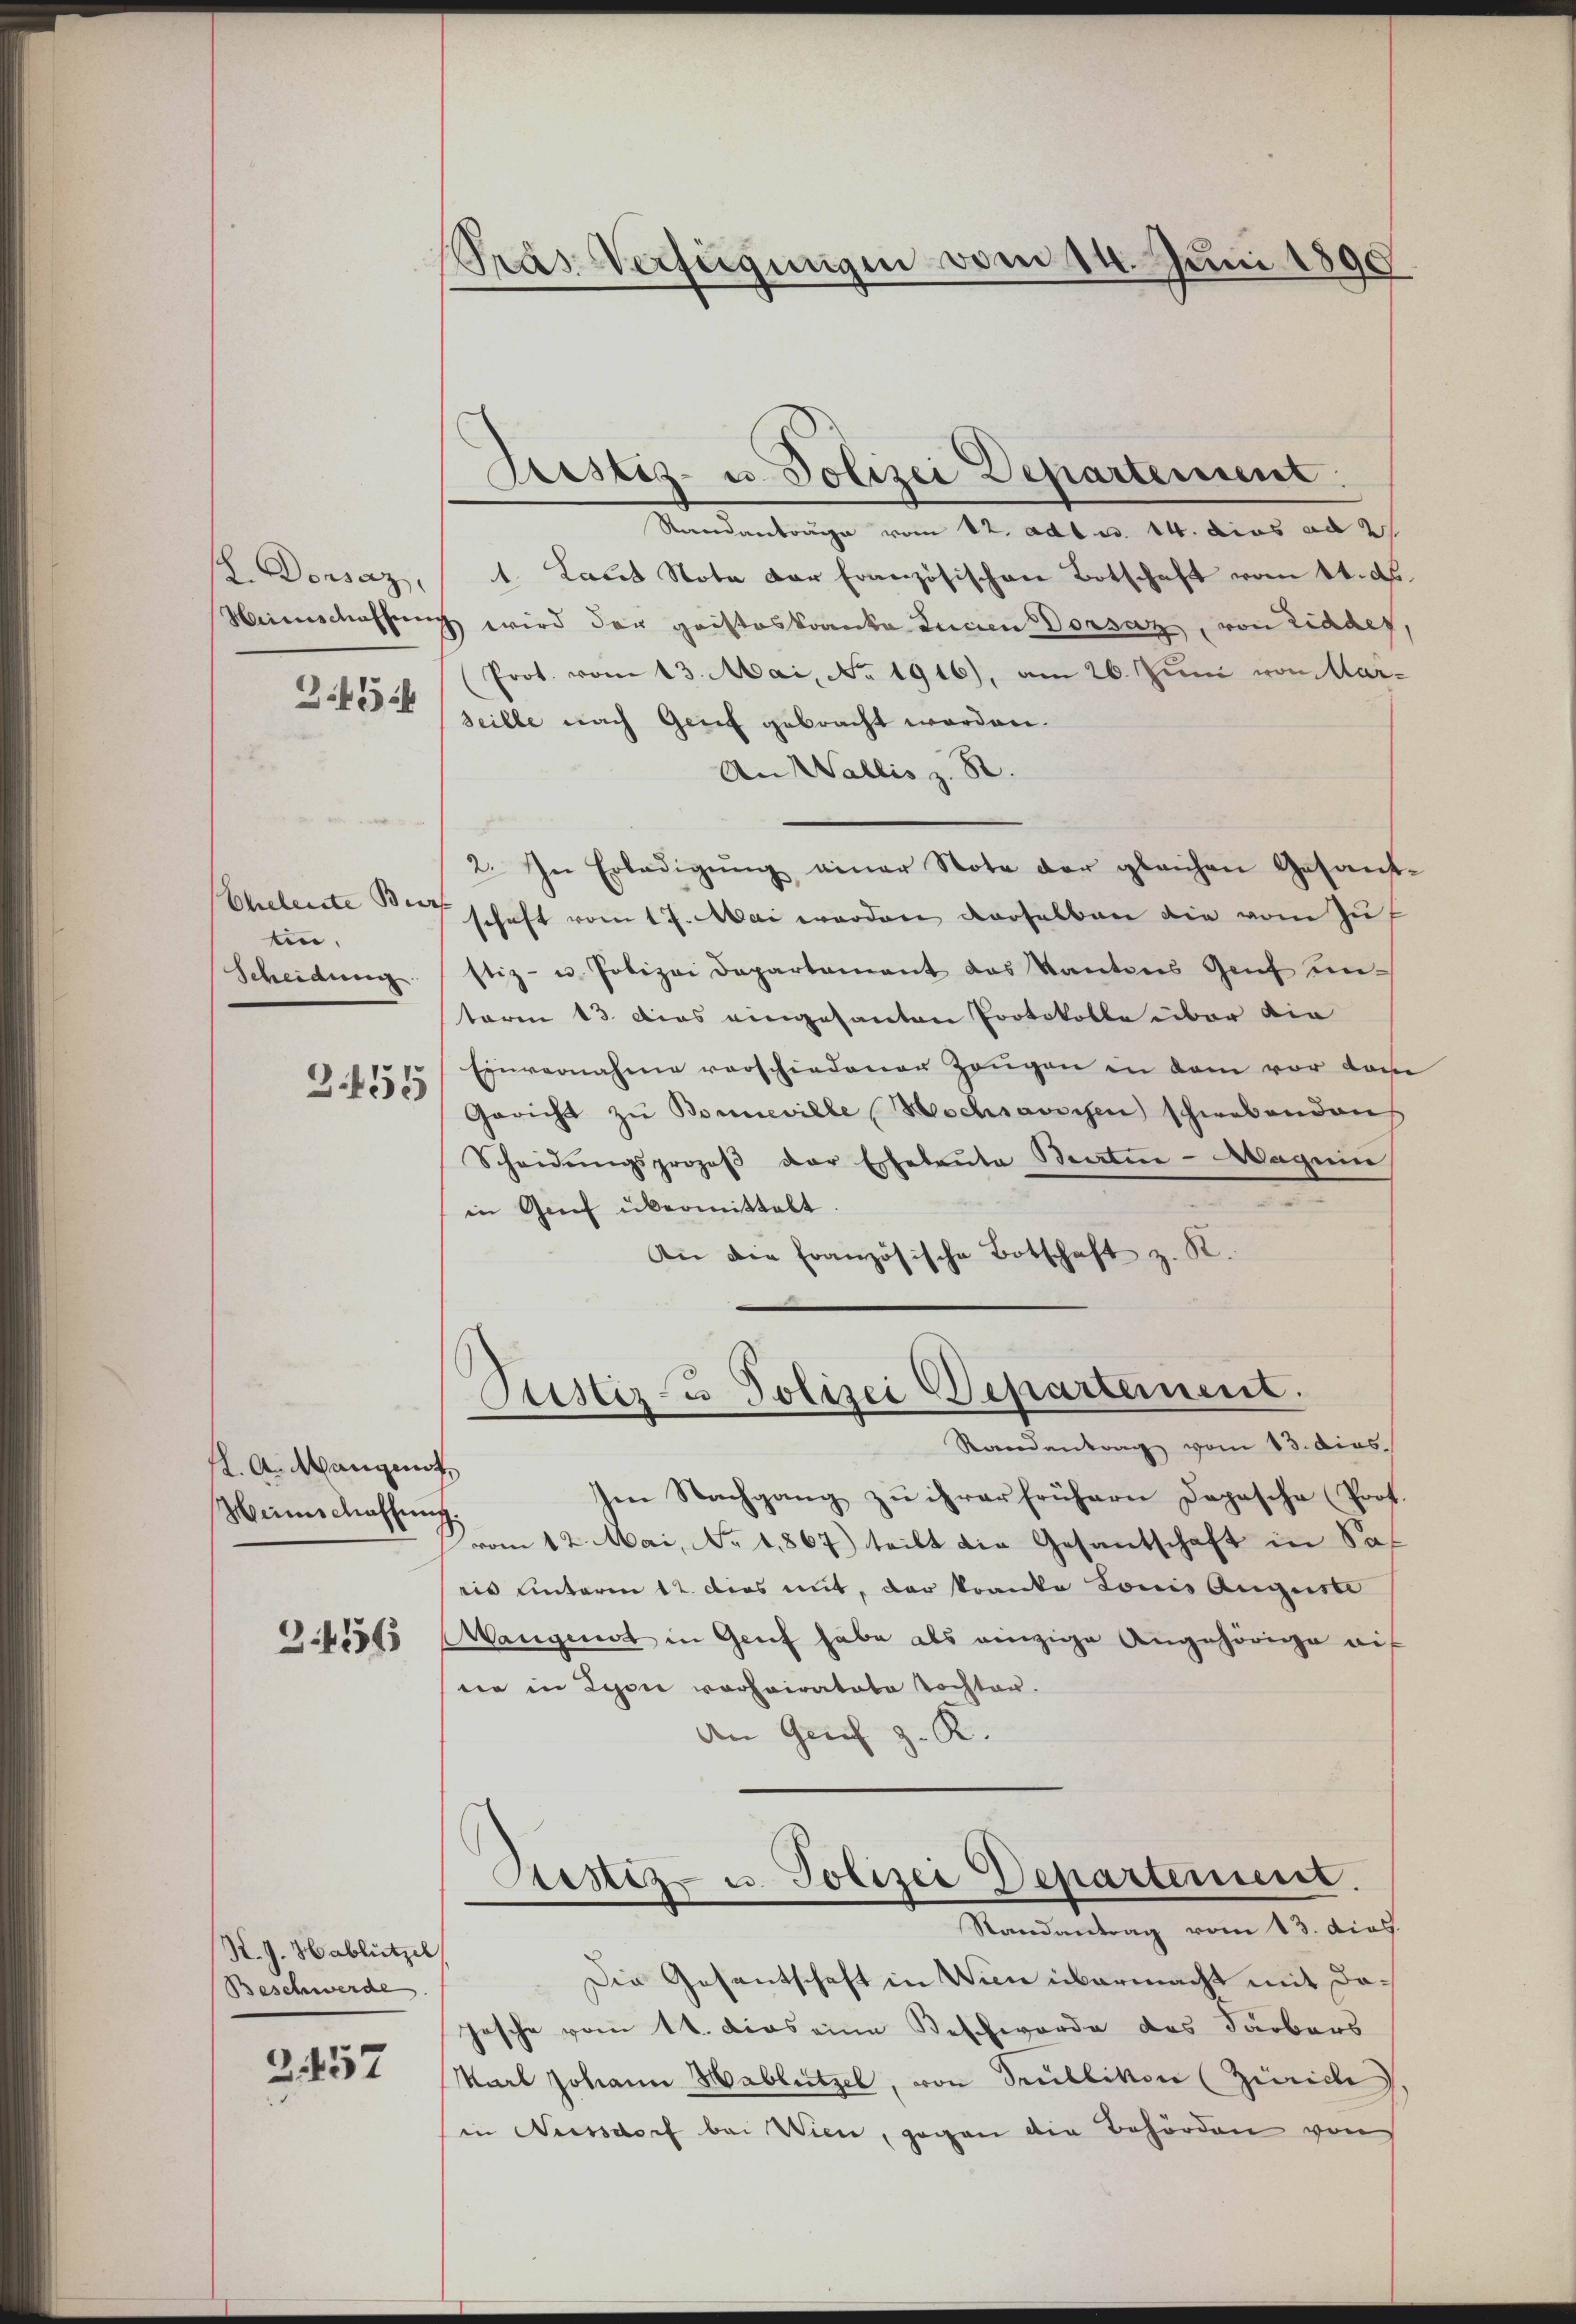
L. Dorsaz,
S.45

Eheleute Beer
tin,
Scheidung.

3.155

fl. A. Mangent
Heinschaffung.
316

K. J. Hablützel
Beschwerde
2457

Pras Verfügungen vom 14. Juni 1890

Justiz- u. Polizei Departement.
Standentrage vom 12. ad a. 14. dies an
1. Laut Nota der Französischen Botschaft vom 14. ds.
Heimschaffung wird der geisteskranka Innen Dorsaz, von Lidder,
Prot. vom 13. Mai, No. 1916), am 26. Juni von Aarseille nach Genf gebracht worden.
An Wallis z. B.
2. In Erledigŭng einer Note der gleichen Gesand-
schaft vom 17. Mai werden derselben die vom Zuf
stiz- u. Polizei Departament das Kantons Genf unterm 13. Dies eingesanten Protokolle über die
Einvernahme vorschiedener Zeugen in dem vor dam
Gericht zŭ Bonneville Hochsavoyen schwebenden
Scheidŭngsprozeβ der Eheleute Beature - Wagein
in Genf übermittelt.
An die französische Botschaft z. R.
Justiz- & Polizei Departement.
Randantrag vom 13. dies
Im Nachgang zu ihrer frühern Depesche Prof.
vom 12. Mai, No 1867) teilt die Gesantschaft in Sat
ris unterm 12. dies mit, der kranka Louis Auguste
Wangenst in Genf habe als einzige Angehörige auf
nie in Lyon vorheiratete Tochter.
An Genf z. R.
Stistiz- u. Polizei Departement.
Randantrag vom 13. dias.
Die Gesantschaft in Wien übermacht mit Do¬
Josche vom 11. das eine Beschworde das Färbers
Karl Johann Hablützel, von Trüllikon (Zürich
in Nessdorf bei Wien, gegen die Behörden von